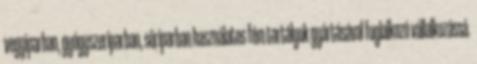
vegyiparban, gyógyszeriparban, söriparban használatos fém tartályok gyártásával foglalkozó vállalkozássá.